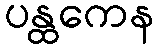
ပန္ထကေန